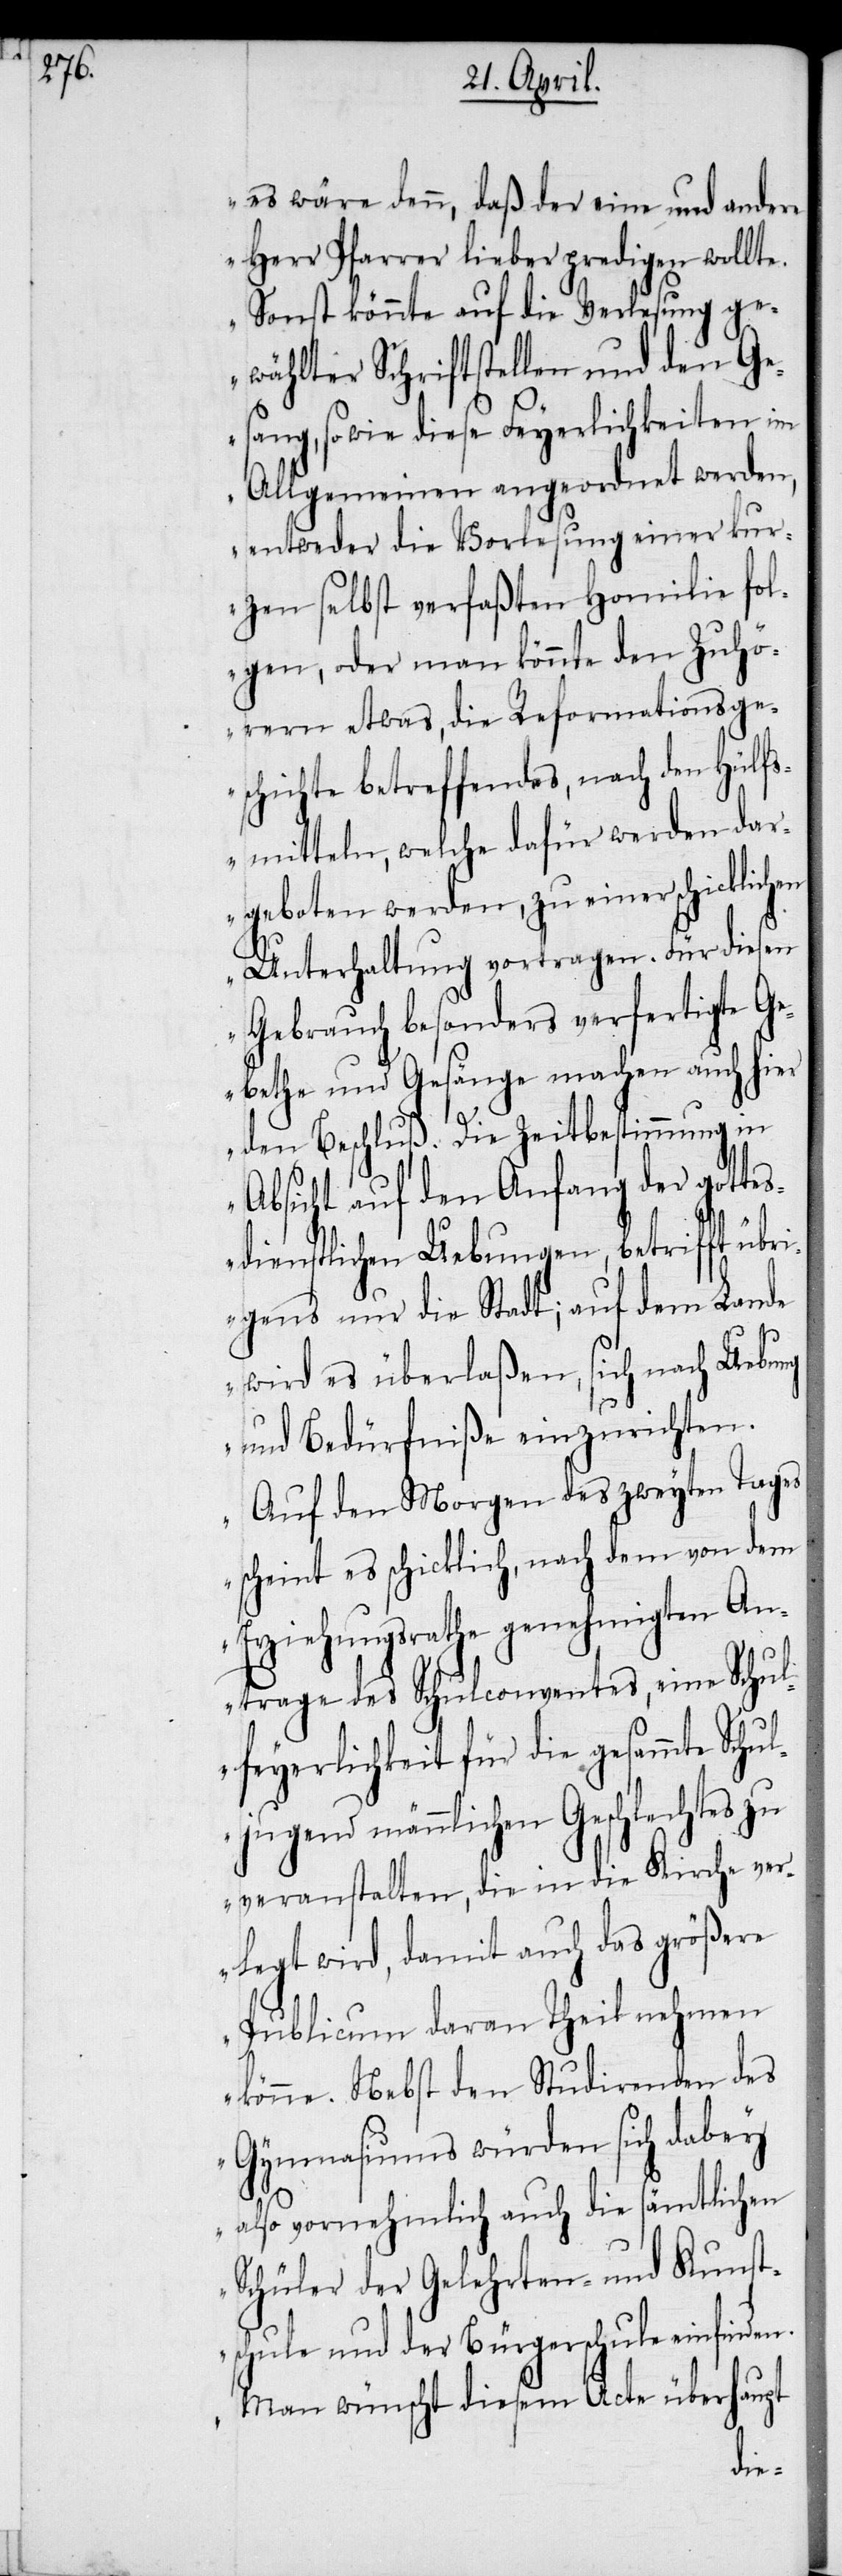
es wäre denn, daß der eine und andere
Herr Pfarrer lieber predigen wollte.
Sonst könnte auf die Verlesung ge¬
wählter Schriftstellen und den Ge¬
sang, so wie diese Feyerlichkeiten im
Allgemeinen angeordnet werden,
entweder die Vorlesung einer kur¬
zen selbst verfaßten Homilie fol¬
gen, oder man könnte den Zuhö¬
rern etwas, die Reformationsges¬
chichte betreffendes, nach den Hülf¬
smitteln, welche dafür werden dar¬
geboten werden, zu einer schicklichen
Unterhaltung vortragen. Für diesen
Gebrauch besonders verfertigte Ge¬
bethe und Gesänge machen auch hier
den Beschluß. Die Zeitbestimmung in
Absicht auf den Anfang der gotte¬
sdienstlichen Uebungen, betrifft übri¬
gens nur die Stadt; auf dem Lande
wird es überlaßen, sich nach Uebung
und Bedürfniße einzurichten.
Auf den Morgen des zweyten Tages
scheint es schicklich, nach dem von dem
Erziehungsrathe genehmigten An¬
trage des Schulconventes, eine Schul¬
feyerlichkeit für die gesammte Schu¬
ljugend männlichen Geschlechtes zu
veranstalten, die in die Kirche ve¬
rlegt wird, damit auch das größere
Publicum daran Theil nehmen
könne. Nebst den Studirenden des
Gymnasiums würden sich dabey
also vornehmlich auch die sämtlichen
Schüler der Gelehrten- und Kunst¬
schule und der Bürgerschule einfinden.
Man wünscht diesem Acte überhaupt